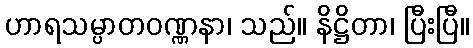
ဟာရသမ္ပာတဝဏ္ဏနာ၊ သည်။ နိဋ္ဌိတာ၊ ပြီးပြီ။